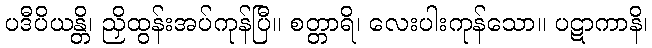
ပဒီပိယန္တိ၊ ညှိထွန်းအပ်ကုန်ပြီ။ စတ္တာရိ၊ လေးပါးကုန်သော။ ပဋာကာနိ၊